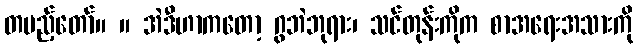
တပည့်တော်။ ။ အဲဒီဟာကတော့ ဂွဘဲဘုရား၊ သင်တုန်းကိုက စာအရေးအသားကို